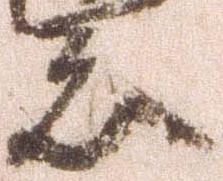
者